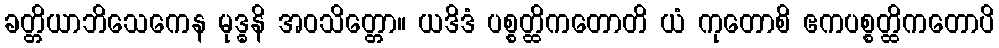
ခတ္တိယာဘိသေကေန မုဒ္ဓနိ အဝသိတ္တော။ ယဒိဒံ ပစ္စတ္ထိကတောတိ ယံ ကုတောစိ ဧကပစ္စတ္ထိကတောပိ